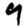
Digit: 9